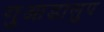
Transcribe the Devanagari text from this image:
गुआडालुप